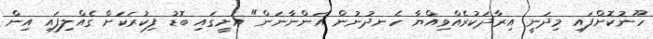
ހޫނުކޮށްފައި މިދަނީ އިރާދަކުރެއްވިއްޔާ ހެނދުނުން އަންނާނަން" އަށީގައި ބޮޑު ފިކުރަކަށް ގެއްލިފައި އިން